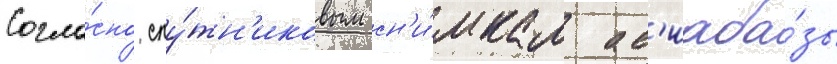
Согла́сно спу́тн'иковым сн'и́мкам ав'иаба́зы